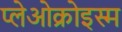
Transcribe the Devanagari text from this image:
प्लेओक्रोइस्म